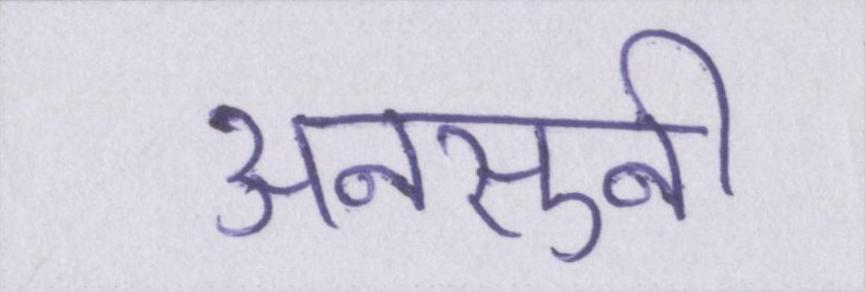
अनसुनी